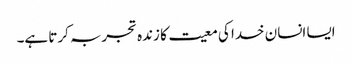
ایسا انسان خدا کی معیت کا زندہ تجربہ کرتا ہے۔